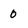
Character: 0